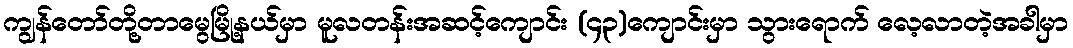
ကျွန်တော်တို့တာမွေမြို့နယ်မှာ မူလတန်းအဆင့်ကျောင်း (၄၃)ကျောင်းမှာ သွားရောက် လေ့လာတဲ့အခါမှာ